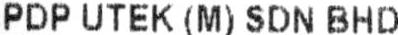
PDP UTEK (M) SDN BHD